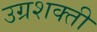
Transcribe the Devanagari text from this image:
उग्रशक्ती